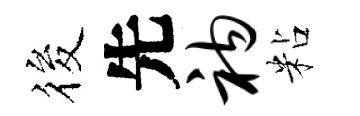
筱先衲粘